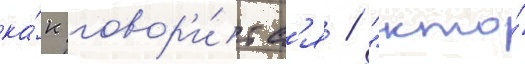
ка́к говор'и́тс'я / "кто́